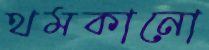
থমকানো